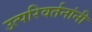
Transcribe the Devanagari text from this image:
उत्परिवर्तनांनी